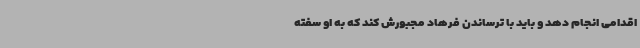
اقدامی انجام دهد و باید با ترساندن فرهاد مجبورش کند که به او سفته